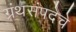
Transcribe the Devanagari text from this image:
ग्रंथसंपदेचे